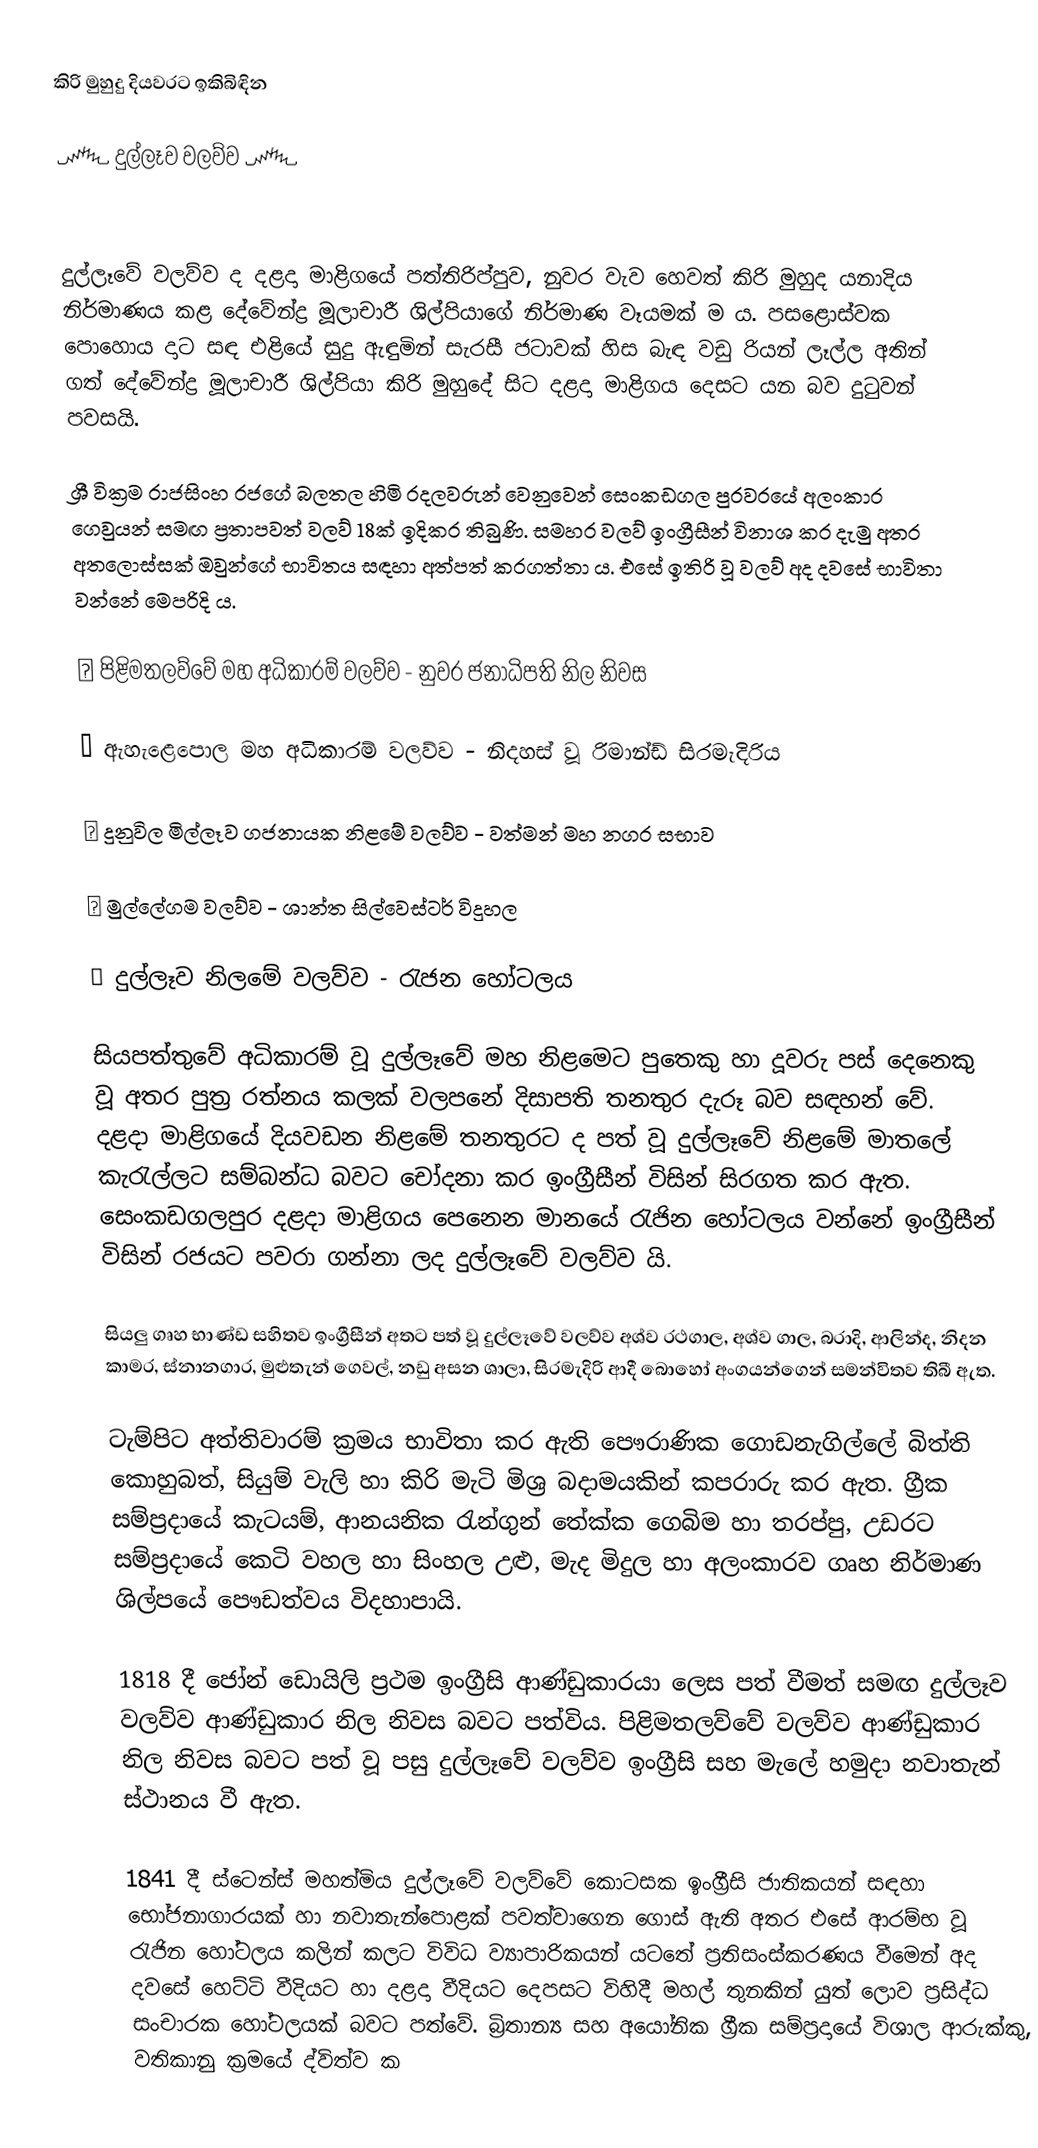
කිරි මුහුදු දියවරට ඉකිබිඳින

      ෴ දුල්ලෑව වලව්ව ෴

   

   දුල්ලෑවේ වලව්ව ද දළදා මාළිගයේ පත්තිරිප්පුව, නුවර වැව හෙවත් කිරි මුහුද යනාදිය නිර්මාණය කළ දේවේන්ද්‍ර මූලාචාරී ශිල්පියාගේ නිර්මාණ වෑයමක් ම ය. පසළොස්වක පොහොය දාට සඳ එළියේ සුදු ඇඳුමින් සැරසී ජටාවක් හිස බැඳ වඩු රියන් ලෑල්ල අතින් ගත් දේවේන්ද්‍ර මූලාචාරී ශිල්පියා කිරි මුහුදේ සිට දළදා මාළිගය දෙසට යන බව දුටුවන් පවසයි.

   ශ්‍රී වික්‍රම රාජසිංහ රජගේ බලතල හිමි රදලවරුන් වෙනුවෙන් සෙංකඩගල පුරවරයේ අලංකාර ගෙවුයන් සමඟ ප්‍රතාපවත් වලව් 18ක් ඉදිකර තිබුණි. සමහර වලව් ඉංග්‍රීසීන් විනාශ කර දැමු අතර අතලොස්සක් ඔවුන්ගේ භාවිතය සඳහා අත්පත් කරගත්තා ය. එසේ ඉතිරි  වූ වලව් අද දවසේ භාවිතා වන්නේ මෙපරිදි ය.

⭐ පිළිමතලව්වේ මහ අධිකාරම් වලව්ව - නුවර ජනාධිපති නිල නිවස

⭐ ඇහැළෙපොල මහ අධිකාරම් වලව්ව - නිදහස් වූ රිමාන්ඩ් සිරමැදිරිය

⭐ දුනුවිල මිල්ලෑව ගජනායක නිළමේ වලව්ව - වත්මන් මහ නගර සභාව

⭐ මුල්ලේගම වලව්ව - ශාන්ත සිල්වෙස්ටර් විදුහල

⭐ දුල්ලෑව නිලමේ වලව්ව - රැජන හෝටලය

   සියපත්තුවේ අධිකාරම් වූ දුල්ලෑවේ මහ නිළමෙට පුතෙකු හා දූවරු පස් දෙනෙකු වූ අතර පුත්‍ර රත්නය කලක් වලපනේ දිසාපති තනතුර දැරූ බව සඳහන් වේ. දළදා මාළිගයේ දියවඩන නිළමේ තනතුරට ද පත් වූ දුල්ලෑවේ නිළමේ මාතලේ කැරැල්ලට සම්බන්ධ බවට චෝදනා කර ඉංග්‍රීසීන් විසින් සිරගත කර ඇත. සෙංකඩගලපුර දළදා මාළිගය පෙනෙන මානයේ රැජින හෝටලය වන්නේ ඉංග්‍රීසීන් විසින් රජයට පවරා ගන්නා ලද දුල්ලෑවේ වලව්ව යි.

   සියලු ගෘහ භාණ්ඩ සහිතව ඉංග්‍රීසීන් අතට පත් වූ දුල්ලෑවේ වලව්ව අශ්ව රථගාල, අශ්ව ගාල, බරාදි, ආලින්ද, නිදන කාමර, ස්නානගාර, මුළුතැන් ගෙවල්, නඩු අසන ශාලා, සිරමැදිරි ආදී බොහෝ අංගයන්ගෙන් සමන්විතව තිබී ඇත.

   ටැම්පිට අත්තිවාරම් ක්‍රමය භාවිතා කර ඇති පෞරාණික ගොඩනැගිල්ලේ බිත්ති කොහුබත්, සියුම් වැලි හා කිරි මැටි මිශ්‍ර බදාමයකින් කපරාරු කර ඇත. ග්‍රීක සම්ප්‍රදායේ කැටයම්, ආනයනික රැන්ගුන් තේක්ක ගෙබිම හා තරප්පු, උඩරට සම්ප්‍රදායේ කෙටි වහල හා සිංහල උළු, මැද මිදුල හා අලංකාරව ගෘහ නිර්මාණ ශිල්පයේ පෞඩත්වය විදහාපායි.

    1818 දී ජෝන් ඩොයිලි ප්‍රථම ඉංග්‍රීසි ආණ්ඩුකාරයා ලෙස පත් වීමත් සමඟ දුල්ලෑව වලව්ව ආණ්ඩුකාර නිල නිවස බවට පත්විය. පිළිමතලව්වේ වලව්ව ආණ්ඩුකාර නිල නිවස බවට පත් වූ පසු දුල්ලෑවේ වලව්ව ඉංග්‍රීසි සහ මැලේ හමුදා නවාතැන් ස්ථානය වී ඇත.

   1841 දී ස්ටෙන්ස් මහත්මිය දුල්ලෑවේ වලව්වේ කොටසක ඉංග්‍රීසි ජාතිකයන් සඳහා භෝජනාගාරයක් හා නවාතැන්පොළක් පවත්වාගෙන ගොස් ඇති අතර එසේ ආරම්භ වූ රැජින හෝටලය කලින් කලට විවිධ ව්‍යාපාරිකයන් යටතේ ප්‍රතිසංස්කරණය වීමෙන් අද දවසේ හෙට්ටි වීදියට හා දළදා වීදියට දෙපසට විහිදී මහල් තුනකින් යුත් ලොව ප්‍රසිද්ධ සංචාරක හෝටලයක් බවට පත්වේ. බ්‍රිතාන්‍ය සහ අයෝනික ග්‍රීක සම්ප්‍රදායේ විශාල ආරුක්කු, වතිකානු ක්‍රමයේ ද්විත්ව ක